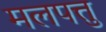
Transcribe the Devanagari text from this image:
मलपत्तु